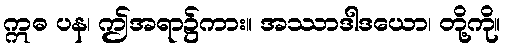
ဣဓ ပန၊ ဤအရာ၌ကား။ အဿာဒါဒယော၊ တို့ကို။